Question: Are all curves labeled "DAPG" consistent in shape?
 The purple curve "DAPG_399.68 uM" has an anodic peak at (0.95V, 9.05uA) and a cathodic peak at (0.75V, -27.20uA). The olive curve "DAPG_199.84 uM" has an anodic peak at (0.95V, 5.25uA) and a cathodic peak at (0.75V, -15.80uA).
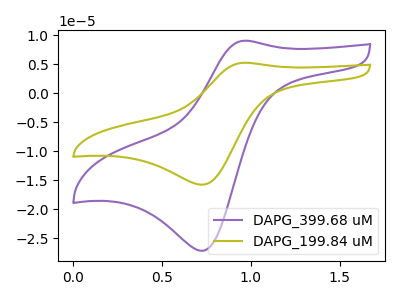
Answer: <think>All the peaks in "DAPG_399.68 uM" have a peak in "DAPG_199.84 uM" at the same potential. Every peak in "DAPG_399.68 uM" is higher than every peak in "DAPG_199.84 uM".
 </think>
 <answer>All the CV's of "DAPG" have similar shape.</answer>
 <eval>follow_rule</eval>